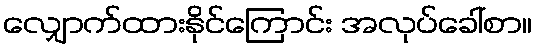
လျှောက်ထားနိုင်ကြောင်း အလုပ်ခေါ်စာ။